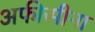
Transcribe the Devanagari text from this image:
अफीसीना